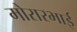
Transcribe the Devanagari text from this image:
मोरारभाई